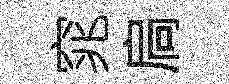
窕扃